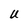
Character: U